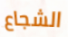
الشجاع